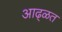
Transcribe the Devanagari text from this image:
आढ्ळत